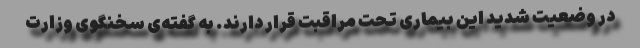
در وضعیت شدید این بیماری تحت مراقبت قرار دارند. به گفته‌ی سخنگوی وزارت